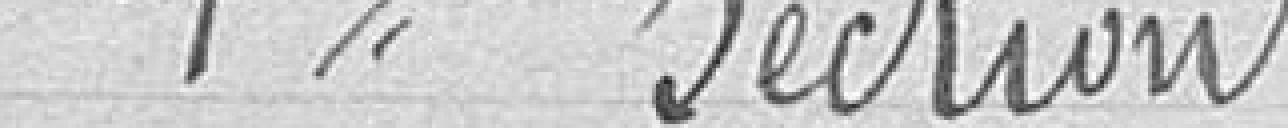
1ere section